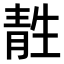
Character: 𫕹